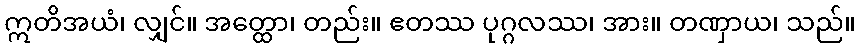
ဣတိအယံ၊ လျှင်။ အတ္ထော၊ တည်း။ ဧတဿ ပုဂ္ဂလဿ၊ အား။ တဏှာယ၊ သည်။